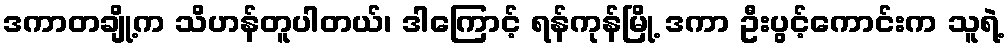
ဒကာတချို့က သိဟန်တူပါတယ်၊ ဒါကြောင့် ရန်ကုန်မြို့ ဒကာ ဦးပွင့်ကောင်းက သူရဲ့